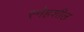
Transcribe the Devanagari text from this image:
स्नेहशील